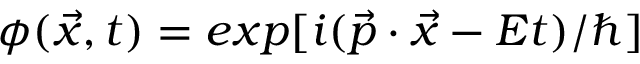
\phi ( \vec { x } , t ) = e x p [ i ( \vec { p } \cdot \vec { x } - E t ) / \hbar ]